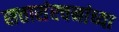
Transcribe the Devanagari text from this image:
सत्तासंरचनांच्या